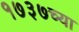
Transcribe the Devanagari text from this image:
१७३७च्या